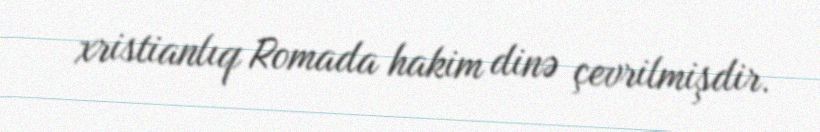
xristianlıq Romada hakim dinə çevrilmişdir.